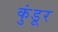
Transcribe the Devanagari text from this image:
कुंडूर